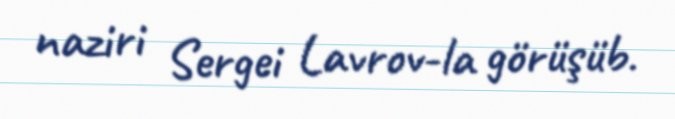
naziri Sergei Lavrov-la görüşüb.